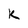
Character: K